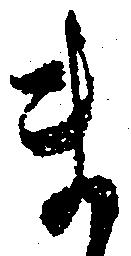
ま